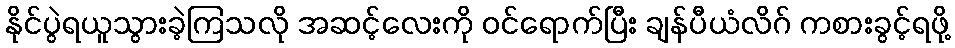
နိုင်ပွဲရယူသွားခဲ့ကြသလို အဆင့်လေးကို ဝင်ရောက်ပြီး ချန်ပီယံလိဂ် ကစားခွင့်ရဖို့